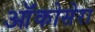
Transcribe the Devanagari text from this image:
ऑंकोसेरा